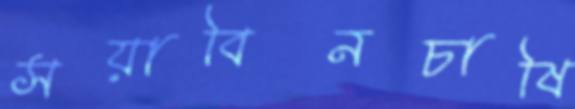
সয়াবিনচাষি